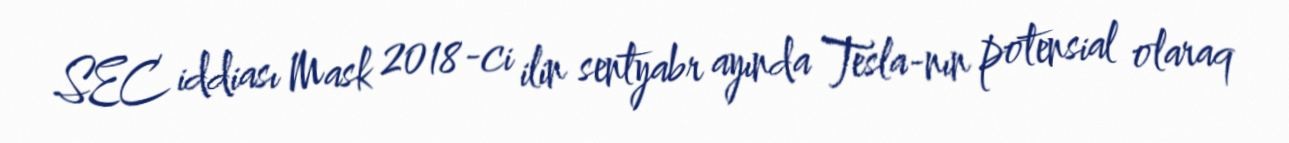
SEC iddiası Mask 2018-ci ilin sentyabr ayında Tesla-nın potensial olaraq